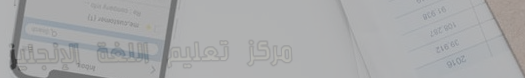
مركز تعليم اللغة الإنجليز